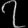
Digit: ၇